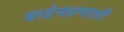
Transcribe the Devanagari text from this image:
बाडेनप्रणाली